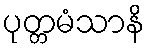
ပုတ္တမံသာနိ